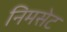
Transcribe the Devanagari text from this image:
निमसेट